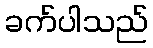
ခက်ပါသည်